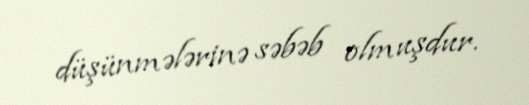
düşünmələrinə səbəb olmuşdur.